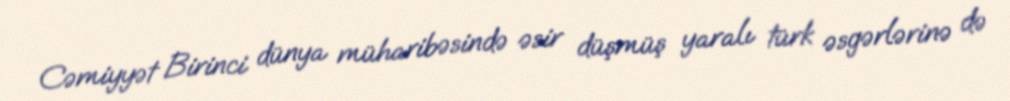
Cəmiyyət Birinci dünya müharibəsində əsir düşmüş yaralı türk əsgərlərinə də